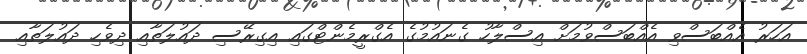
އަހަރު އެއްބަސްވި އެއްބަސްވުމަށް އިސްލާހު ގެނައުމުގެ އެގްރީމެންޓްގައި އިގިރޭސި ދައުލަތާއި ދިވެހި ދައުލަތާއި